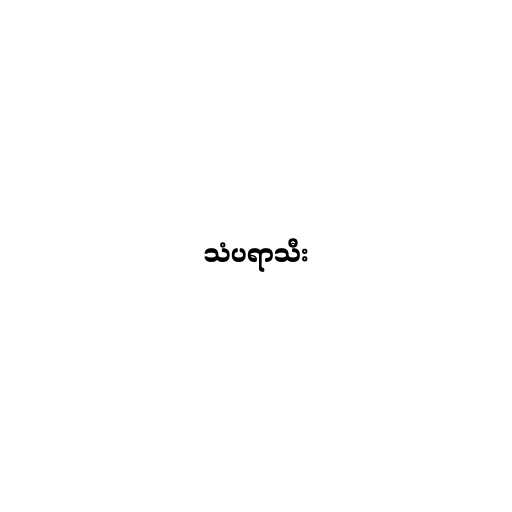
သံပရာသီး